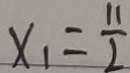
x _ { 1 } = \frac { 1 1 } { 2 }